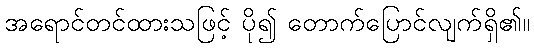
အရောင်တင်ထားသဖြင့် ပို၍ တောက်ပြောင်လျက်ရှိ၏။